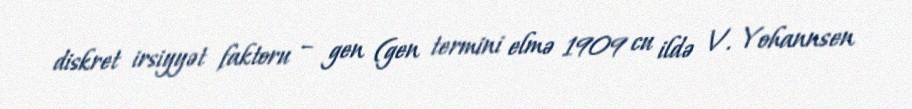
diskret irsiyyət faktoru – gen (gen termini elmə 1909 cu ildə V. Yohannsen